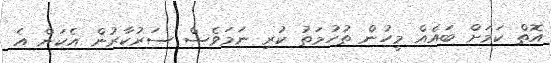
އޮތް ކަމަށް ބައެއް މީހުން ތުހުމަތު ކުރި ނަމަވެސް ސަރުކާރުން އެކަން އެ